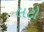
લટો